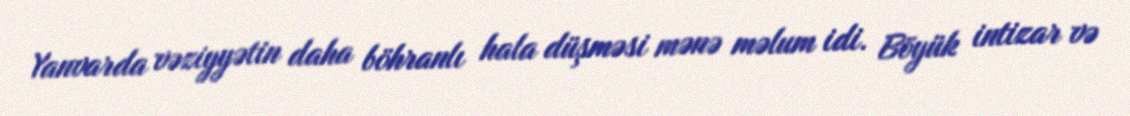
Yanvarda vəziyyətin daha böhranlı hala düşməsi mənə məlum idi. Böyük intizar və